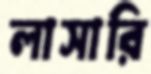
লাসারি